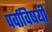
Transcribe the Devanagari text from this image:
पर्वाविषयी